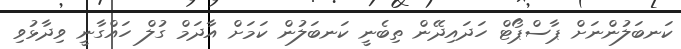
ކަނބަލުންނަށް ޕާސްޕޯޓް ހަދައިދޭން ތިބެނީ ކަނބަލުން ކަމަށް އާދަމް ގުލް ހައްގާނީ ވިދާޅުވި